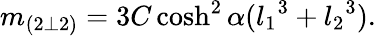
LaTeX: m_{(2\bot 2)}=3C\cosh^{2}\alpha({l_{1}}^{3}+{l_{2}}^{3}).